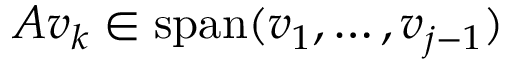
A v _ { k } \in \operatorname { s p a n } ( v _ { 1 } , \ldots , v _ { j - 1 } )